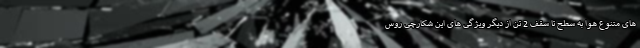
های متنوع هوا به سطح تا سقف 2 تن از دیگر ویژگی های این شکارچی روس